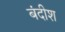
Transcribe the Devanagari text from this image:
बंदीश